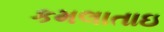
કમલાતાઇ